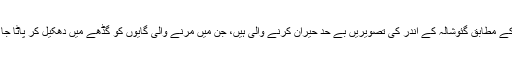
خبروں کے مطابق گئوشالہ کے اندر کی تصویریں بے حد حیران کرنے والی ہیں، جن میں مرنے والی گایوں کو گڈھے میں دھکیل کر پاٹا جا رہا ہے۔